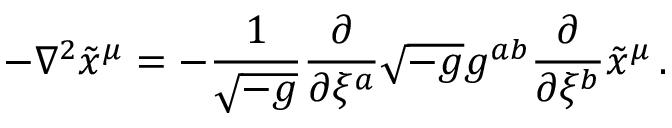
- \nabla ^ { 2 } \tilde { x } ^ { \mu } = - \frac { 1 } { \sqrt { - g } } \frac { \partial } { \partial \xi ^ { a } } \sqrt { - g } g ^ { a b } \frac { \partial } { \partial \xi ^ { b } } \tilde { x } ^ { \mu } \, .